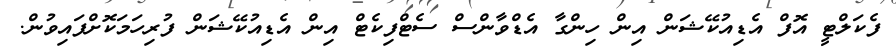
ފެކަލްޓީ އޮފް އެޑިއުކޭޝަން އިން ހިންގާ އެޑްވާންސް ސެޓްފިކެޓް އިން އެޑިއުކޭޝަން ފުރިހަމަކޮށްފައިވުން.